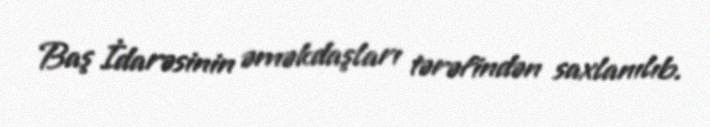
Baş İdarəsinin əməkdaşları tərəfindən saxlanılıb.